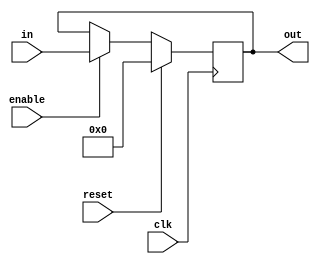
module register2 #(parameter W=4) (clk, in, out, reset, enable);

input [W-1:0] in;
input reset, clk, enable;
output reg [W-1:0] out;

initial begin
	out = 0;
end

	always @(posedge clk) begin
	
		if (reset)
			out = 0;
		else if(enable)
			out = in;
		else
			out = out;
	end
endmodule